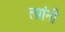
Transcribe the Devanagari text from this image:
त्य़ांनी